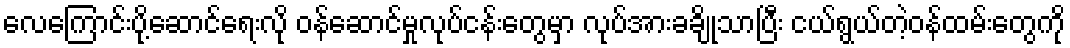
လေကြောင်းပို့ဆောင်ရေးလို ဝန်ဆောင်မှုလုပ်ငန်းတွေမှာ လုပ်အားခချိုသာပြီး ငယ်ရွယ်တဲ့ဝန်ထမ်းတွေကို